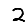
Digit: 2